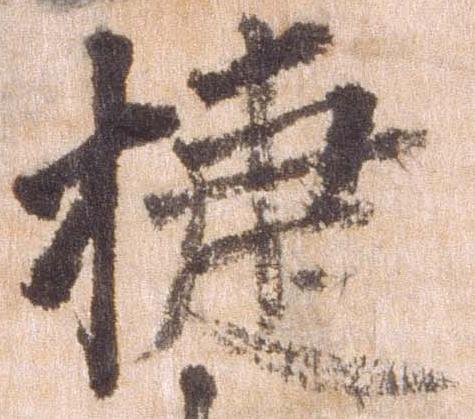
捷